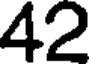
42